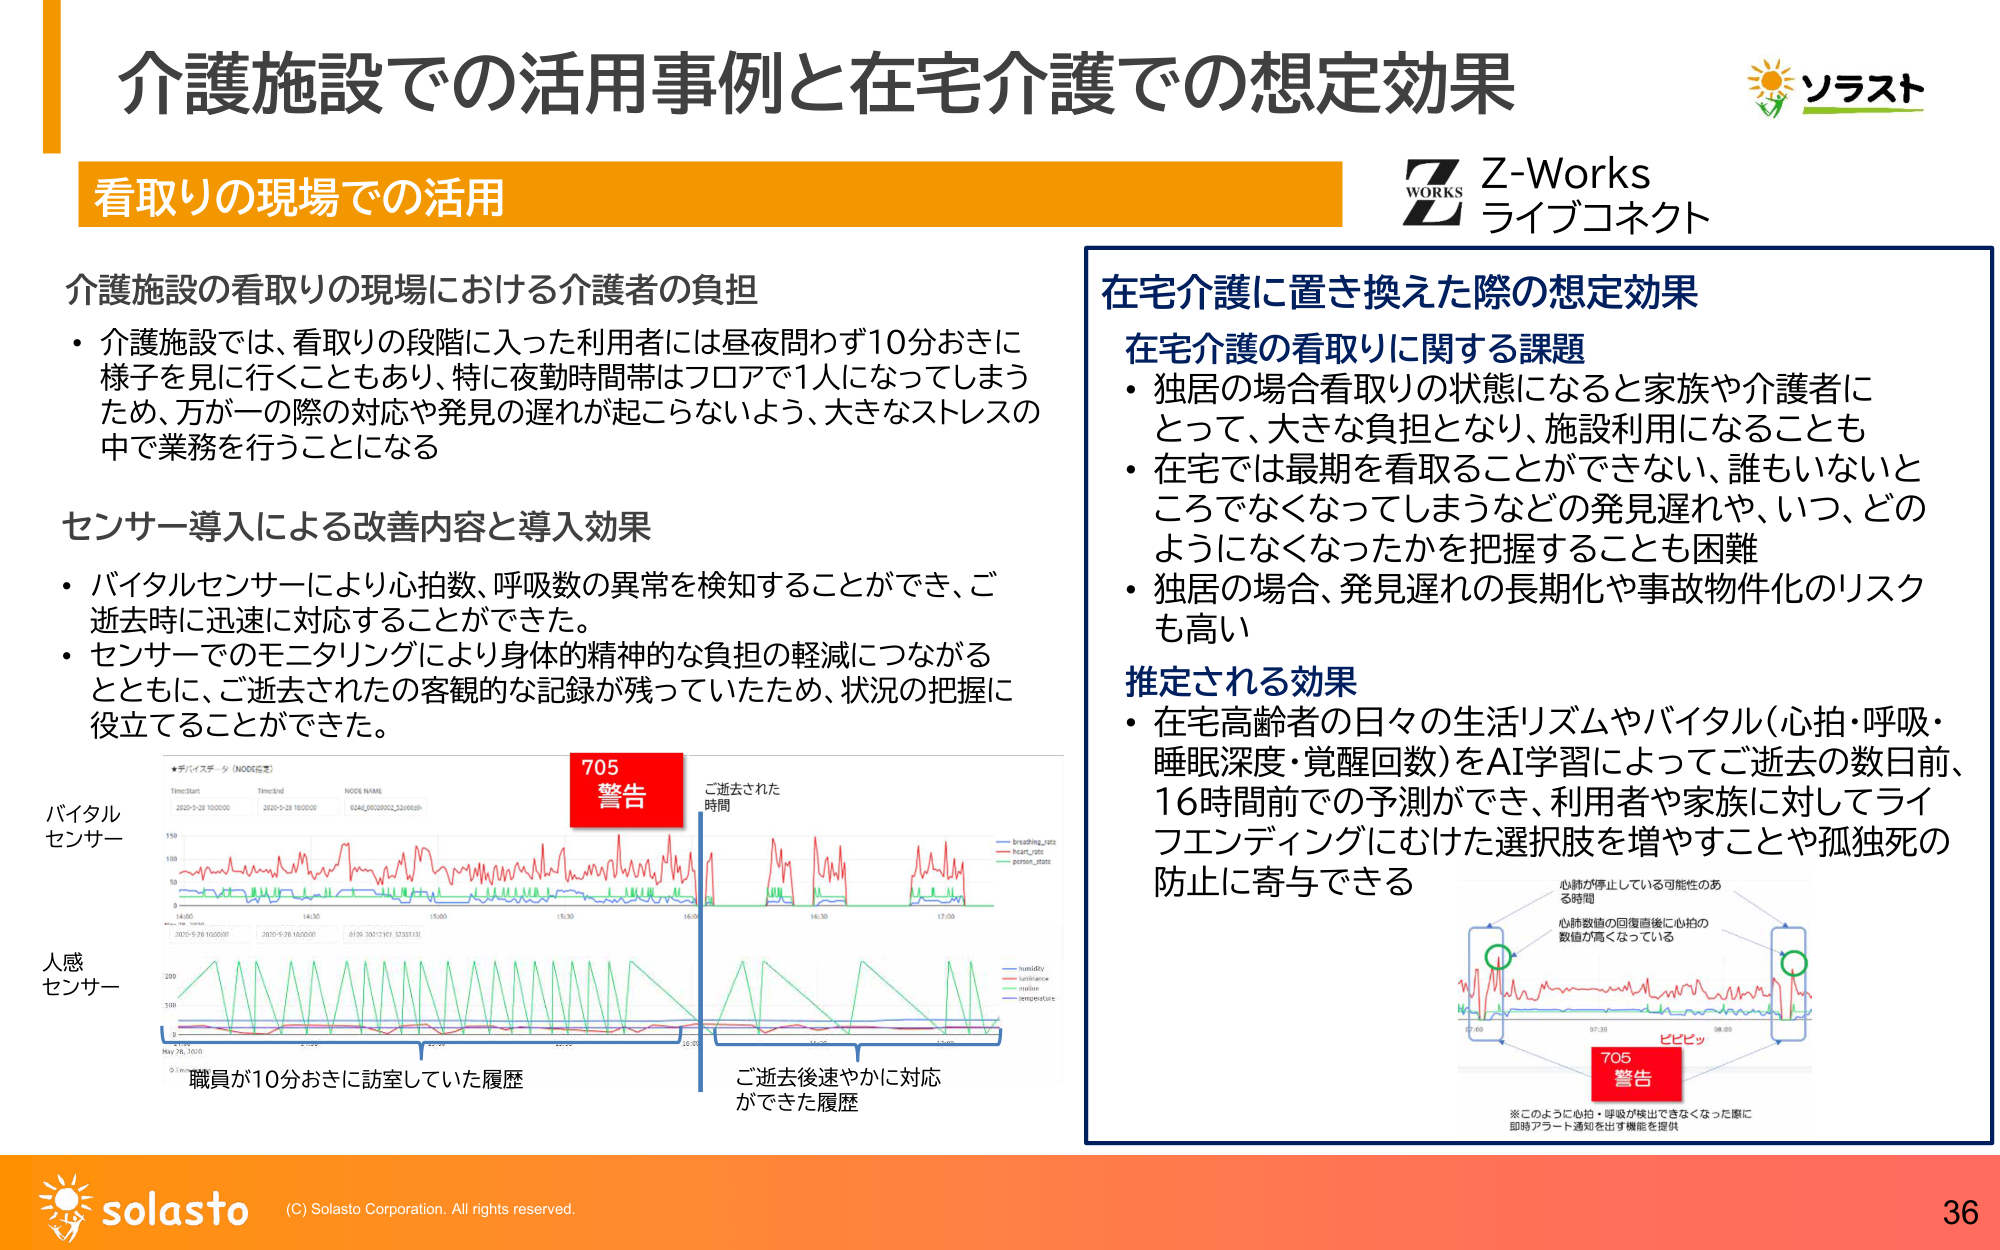
介護施設での活用事例と在宅介護での想定効果
ソラスト
Z-Works
ライブコネクト

看取りの現場での活用

介護施設の看取りの現場における介護者の負担
・介護施設では、看取りの段階に入った利用者には昼夜問わず10分おきに様子を見に行くこともあり、特に夜勤時間帯はフロアで1人になってしまうため、万が一の際の対応や発見の遅れが起こらないよう、大きなストレスの中で業務を行うことになる

センサー導入による改善内容と導入効果
・バイタルセンサーにより心拍数、呼吸数の異常を検知することができ、ご逝去時に迅速に対応することができた。
・センサーでのモニタリングにより身体的・精神的な負担の軽減につながるとともに、ご逝去されたの客観的な記録が残っていたため、状況の把握に役立てることができた。

バイタルセンサー
人感センサー
★デバイスデータ (NODE名)
TimeStart 2020-5-28 10:00:00
TimeEnd 2020-5-28 18:00:00
NODE NAME 634E_00200002_230665th
705
警告
ご逝去された時間
職員が10分おきに訪室していた履歴
ご逝去後速やかに対応ができた履歴
breathing_rate
heart_rate
person_state
humidity
luminance
motion
temperature

在宅介護に置き換えた際の想定効果

在宅介護の看取りに関する課題
・独居の場合看取りの状態になると家族や介護者にとって、大きな負担となり、施設利用になることも
・在宅では最期を看取ることができない、誰もいないところでなくなってしまうなどの発見遅れや、いつ、どのようになくなったかを把握することも困難
・独居の場合、発見遅れの長期化や事故物件化のリスクも高い

推定される効果
・在宅高齢者の日々の生活リズムやバイタル（心拍・呼吸・睡眠深度・覚醒回数）をAI学習によってご逝去の数日前、16時間前での予測ができ、利用者や家族に対してライフエンディングにむけた選択肢を増やすことや孤独死の防止に寄与できる

心肺が停止している可能性のある時間
心肺数値の回復直後に心拍の数値が高くなっている
705
警告
ピピッ
※このように心拍・呼吸が検出できなくなった際に即時アラート通知を出す機能を提供

solasto
(C) Solasto Corporation. All rights reserved.
36